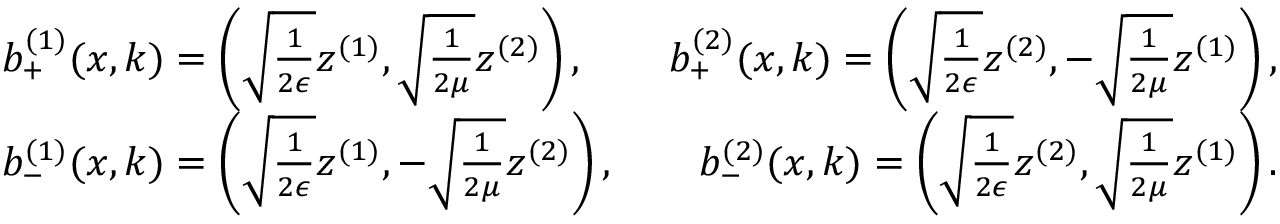
\begin{array} { r l } & { b _ { + } ^ { ( 1 ) } ( x , k ) = \left( \sqrt { \frac { 1 } { 2 \epsilon } } z ^ { ( 1 ) } , \sqrt { \frac { 1 } { 2 \mu } } z ^ { ( 2 ) } \right) , \qquad b _ { + } ^ { ( 2 ) } ( x , k ) = \left( \sqrt { \frac { 1 } { 2 \epsilon } } z ^ { ( 2 ) } , - \sqrt { \frac { 1 } { 2 \mu } } z ^ { ( 1 ) } \right) , } \\ & { b _ { - } ^ { ( 1 ) } ( x , k ) = \left( \sqrt { \frac { 1 } { 2 \epsilon } } z ^ { ( 1 ) } , - \sqrt { \frac { 1 } { 2 \mu } } z ^ { ( 2 ) } \right) , \qquad b _ { - } ^ { ( 2 ) } ( x , k ) = \left( \sqrt { \frac { 1 } { 2 \epsilon } } z ^ { ( 2 ) } , \sqrt { \frac { 1 } { 2 \mu } } z ^ { ( 1 ) } \right) . } \end{array}